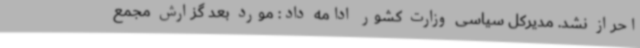
احراز نشد. مدیرکل سیاسی وزارت کشور ادامه داد: مورد بعد گزارش مجمع